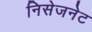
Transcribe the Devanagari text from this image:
निसेजनेट